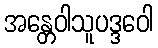
အန္တေဝါသူပဒ္ဒဝေါ